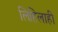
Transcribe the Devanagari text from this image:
लिहिलाही